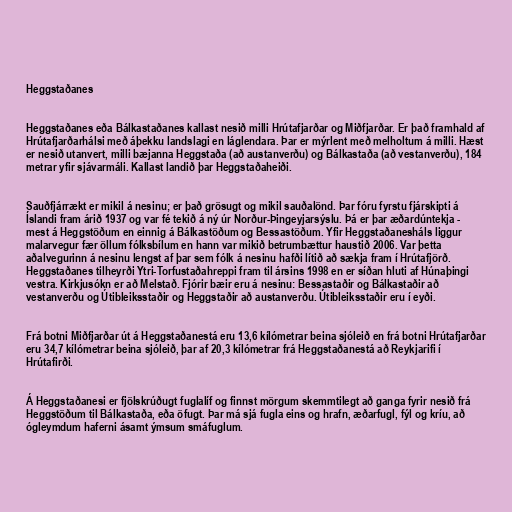
Heggstaðanes

Heggstaðanes eða Bálkastaðanes kallast nesið milli Hrútafjarðar og Miðfjarðar. Er það framhald af
Hrútafjarðarhálsi með áþekku landslagi en láglendara. Þar er mýrlent með melholtum á milli. Hæst
er nesið utanvert, milli bæjanna Heggstaða (að austanverðu) og Bálkastaða (að vestanverðu), 184
metrar yfir sjávarmáli. Kallast landið þar Heggstaðaheiði.

Sauðfjárrækt er mikil á nesinu; er það grösugt og mikil sauðalönd. Þar fóru fyrstu fjárskipti á
Íslandi fram árið 1937 og var fé tekið á ný úr Norður-Þingeyjarsýslu. Þá er þar æðardúntekja -
mest á Heggstöðum en einnig á Bálkastöðum og Bessastöðum. Yfir Heggstaðanesháls liggur
malarvegur fær öllum fólksbílum en hann var mikið betrumbættur haustið 2006. Var þetta
aðalvegurinn á nesinu lengst af þar sem fólk á nesinu hafði lítið að sækja fram í Hrútafjörð.
Heggstaðanes tilheyrði Ytri-Torfustaðahreppi fram til ársins 1998 en er síðan hluti af Húnaþingi
vestra. Kirkjusókn er að Melstað. Fjórir bæir eru á nesinu: Bessastaðir og Bálkastaðir að
vestanverðu og Útibleiksstaðir og Heggstaðir að austanverðu. Útibleiksstaðir eru í eyði.

Frá botni Miðfjarðar út á Heggstaðanestá eru 13,6 kílómetrar beina sjóleið en frá botni Hrútafjarðar
eru 34,7 kílómetrar beina sjóleið, þar af 20,3 kílómetrar frá Heggstaðanestá að Reykjarifi í
Hrútafirði.

Á Heggstaðanesi er fjölskrúðugt fuglalíf og finnst mörgum skemmtilegt að ganga fyrir nesið frá
Heggstöðum til Bálkastaða, eða öfugt. Þar má sjá fugla eins og hrafn, æðarfugl, fýl og kríu, að
ógleymdum haferni ásamt ýmsum smáfuglum.